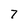
Character: 7